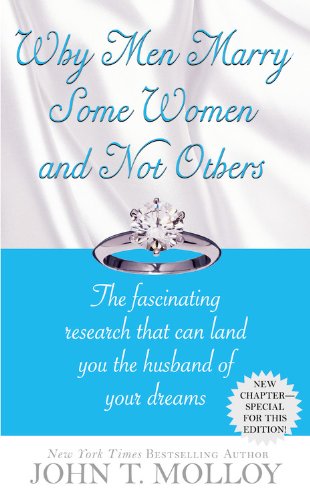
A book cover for Why Men Marry Some Women and Not Others: The Fascinating Research That Can Land You the Husband of Your Dreams; John T. Molloy; Self-Help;